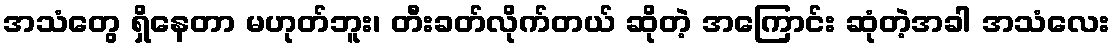
အသံတွေ ရှိနေတာ မဟုတ်ဘူး၊ တီးခတ်လိုက်တယ် ဆိုတဲ့ အကြောင်း ဆုံတဲ့အခါ အသံလေး